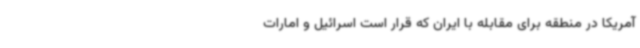
آمریکا در منطقه برای مقابله با ایران که قرار است اسرائیل و امارات